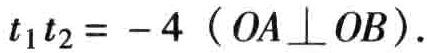
\(t_{1}t_{2}=-4\ (\ OA\perp OB\ )\).